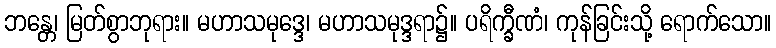
ဘန္တေ၊ မြတ်စွာဘုရား။ မဟာသမုဒ္ဒေ၊ မဟာသမုဒ္ဒရာ၌။ ပရိက္ခီဏံ၊ ကုန်ခြင်းသို့ ရောက်သော။